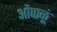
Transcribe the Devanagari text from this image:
ओंवाळूं